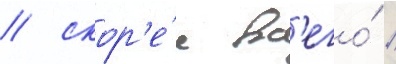
/ скор'е́е вс'его́ /